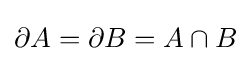
\partial A=\partial B=A\cap B